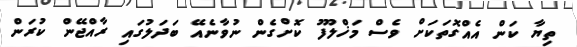
ތިޔާ ކަން އެއްގޮތަކަށް ވެސް މަޚްލޫފު ކޮށްގެން ނުވާނެއޭ ބަދަލުގައި ރާއްޖޭން ކުރަން